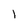
Character: l